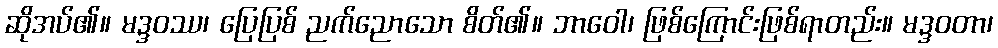
ဆိုအပ်၏။ မဒ္ဒဝဿ၊ ပြေပြစ် ညက်ညောသော စိတ်၏။ ဘာဝေါ၊ ဖြစ်ကြောင်းဖြစ်ရာတည်း။ မဒ္ဒဝတာ၊